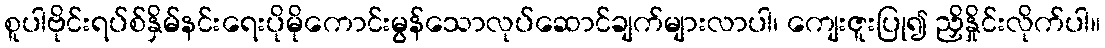
စူပါဗိုင်းရပ်စ်နှိမ်နင်းရေးပိုမိုကောင်းမွန်သောလုပ်ဆောင်ချက်များလာပါ၊ ကျေးဇူးပြု၍ ညှိနှိုင်းလိုက်ပါ။